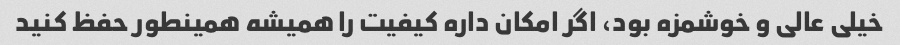
خیلی عالی و خوشمزه بود، اگر امکان داره کیفیت را همیشه همینطور حفظ کنید